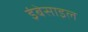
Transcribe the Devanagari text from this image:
इंबेसाइल